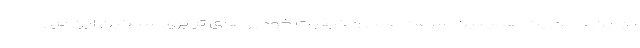
در این ماموریت همچنین سرعت عمل و کیفیت خودروهای ترابری سنگین این نیرو